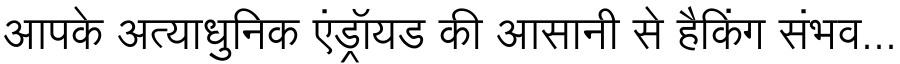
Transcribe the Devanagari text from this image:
आपके अत्याधुनिक एंड्रॉयड की आसानी से हैकिंग संभव...